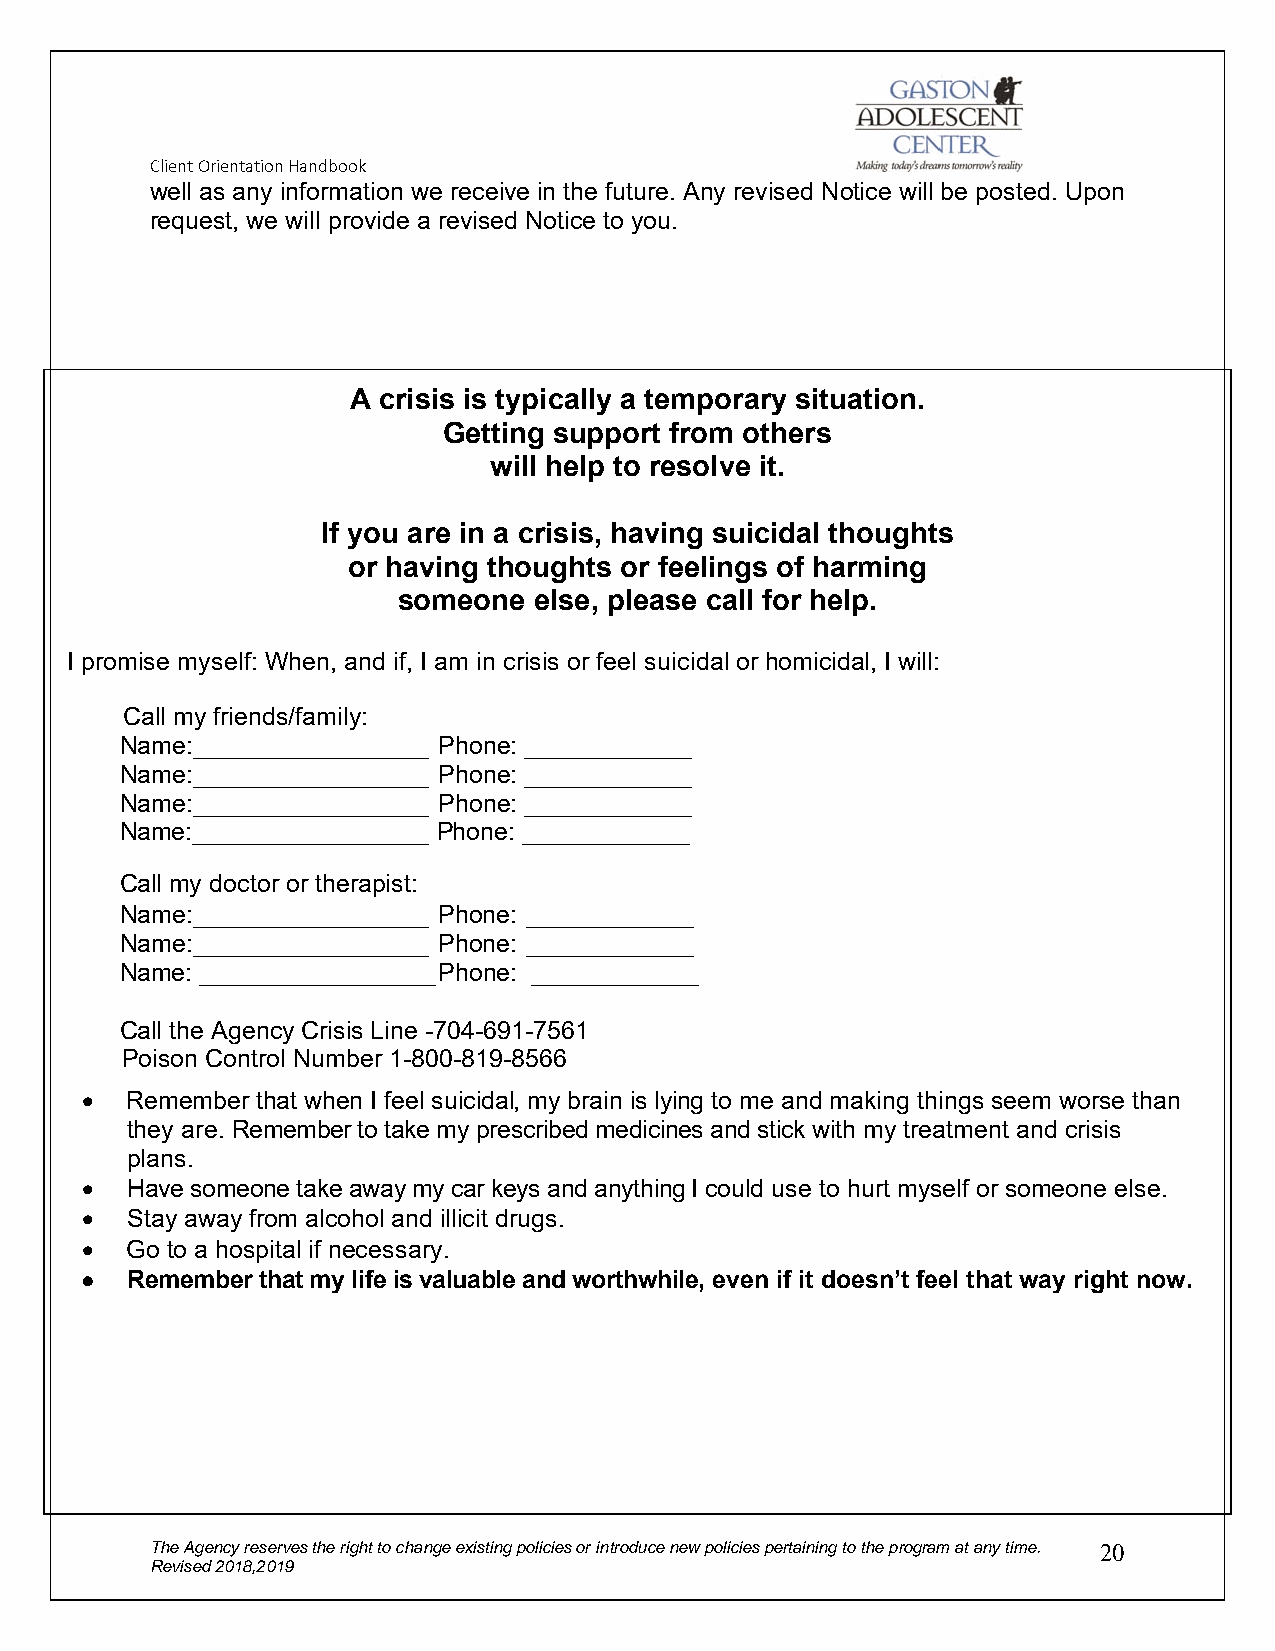
Client Orientation Handbook
 well as any information we receive in the future. Any revised Notice will be posted. Upon
 request, we will provide a revised Notice to you.
 A crisis is typically a temporary situation.
 Getting support from others
 will help to resolve it.
 If you are in a crisis, having suicidal thoughts
 or having thoughts or feelings of harming
 someone  else, please call for help.
 I promis e myself: When, and if, I am in crisis or feel suicidal or homicidal, I will:
 Ca ll my friends/family:
 Na me: _________________ Phone: ____________
 Na me: _________________ Phone: ____________
 Na me: _________________ Phone: ____________
 Na me:_________________ Phone: ____________
 Ca ll my doctor or therapist:
 Na me: _________________ Phone: ____________
 Na me: _________________ Phone: ____________
 Na me: _________________ Phone: ____________
 Ca ll the Agency Crisis Line -704-691-7561
 Po ison Control Number 1-800-819-8566
   Remember that when I feel suicidal, my brain is lying to me and making things seem worse than
 they are. Remember to take my prescribed medicines and stick with my treatment and crisis
 plans.
   Have someone take away my car keys and anything I could use to hurt myself or someone else.
   Stay away from alcohol and illicit drugs.
   Go to a hospital if necessary.
   Remember that my life is valuable and worthwhile, even if it doesn’t feel that way right now.
 The Agency reserves the right to change existing policies or introduce new policies pertaining to the program at any time. 20
 Revised 2018,2019